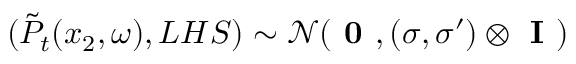
( \Tilde { P } _ { t } ( x _ { 2 } , \omega ) , L H S ) \sim \mathcal { N } ( \textbf { 0 } , ( \sigma , \sigma ^ { \prime } ) \otimes \textbf { I } )